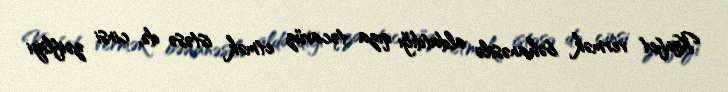
Konfet vermək bəhanəsilə aldatdığı qıza təcavüz etmək istəsə də, cinsi zəifliyi